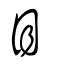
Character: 目